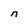
Character: n